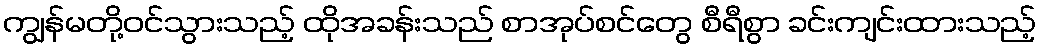
ကျွန်မတို့ဝင်သွားသည့် ထိုအခန်းသည် စာအုပ်စင်တွေ စီရီစွာ ခင်းကျင်းထားသည့်